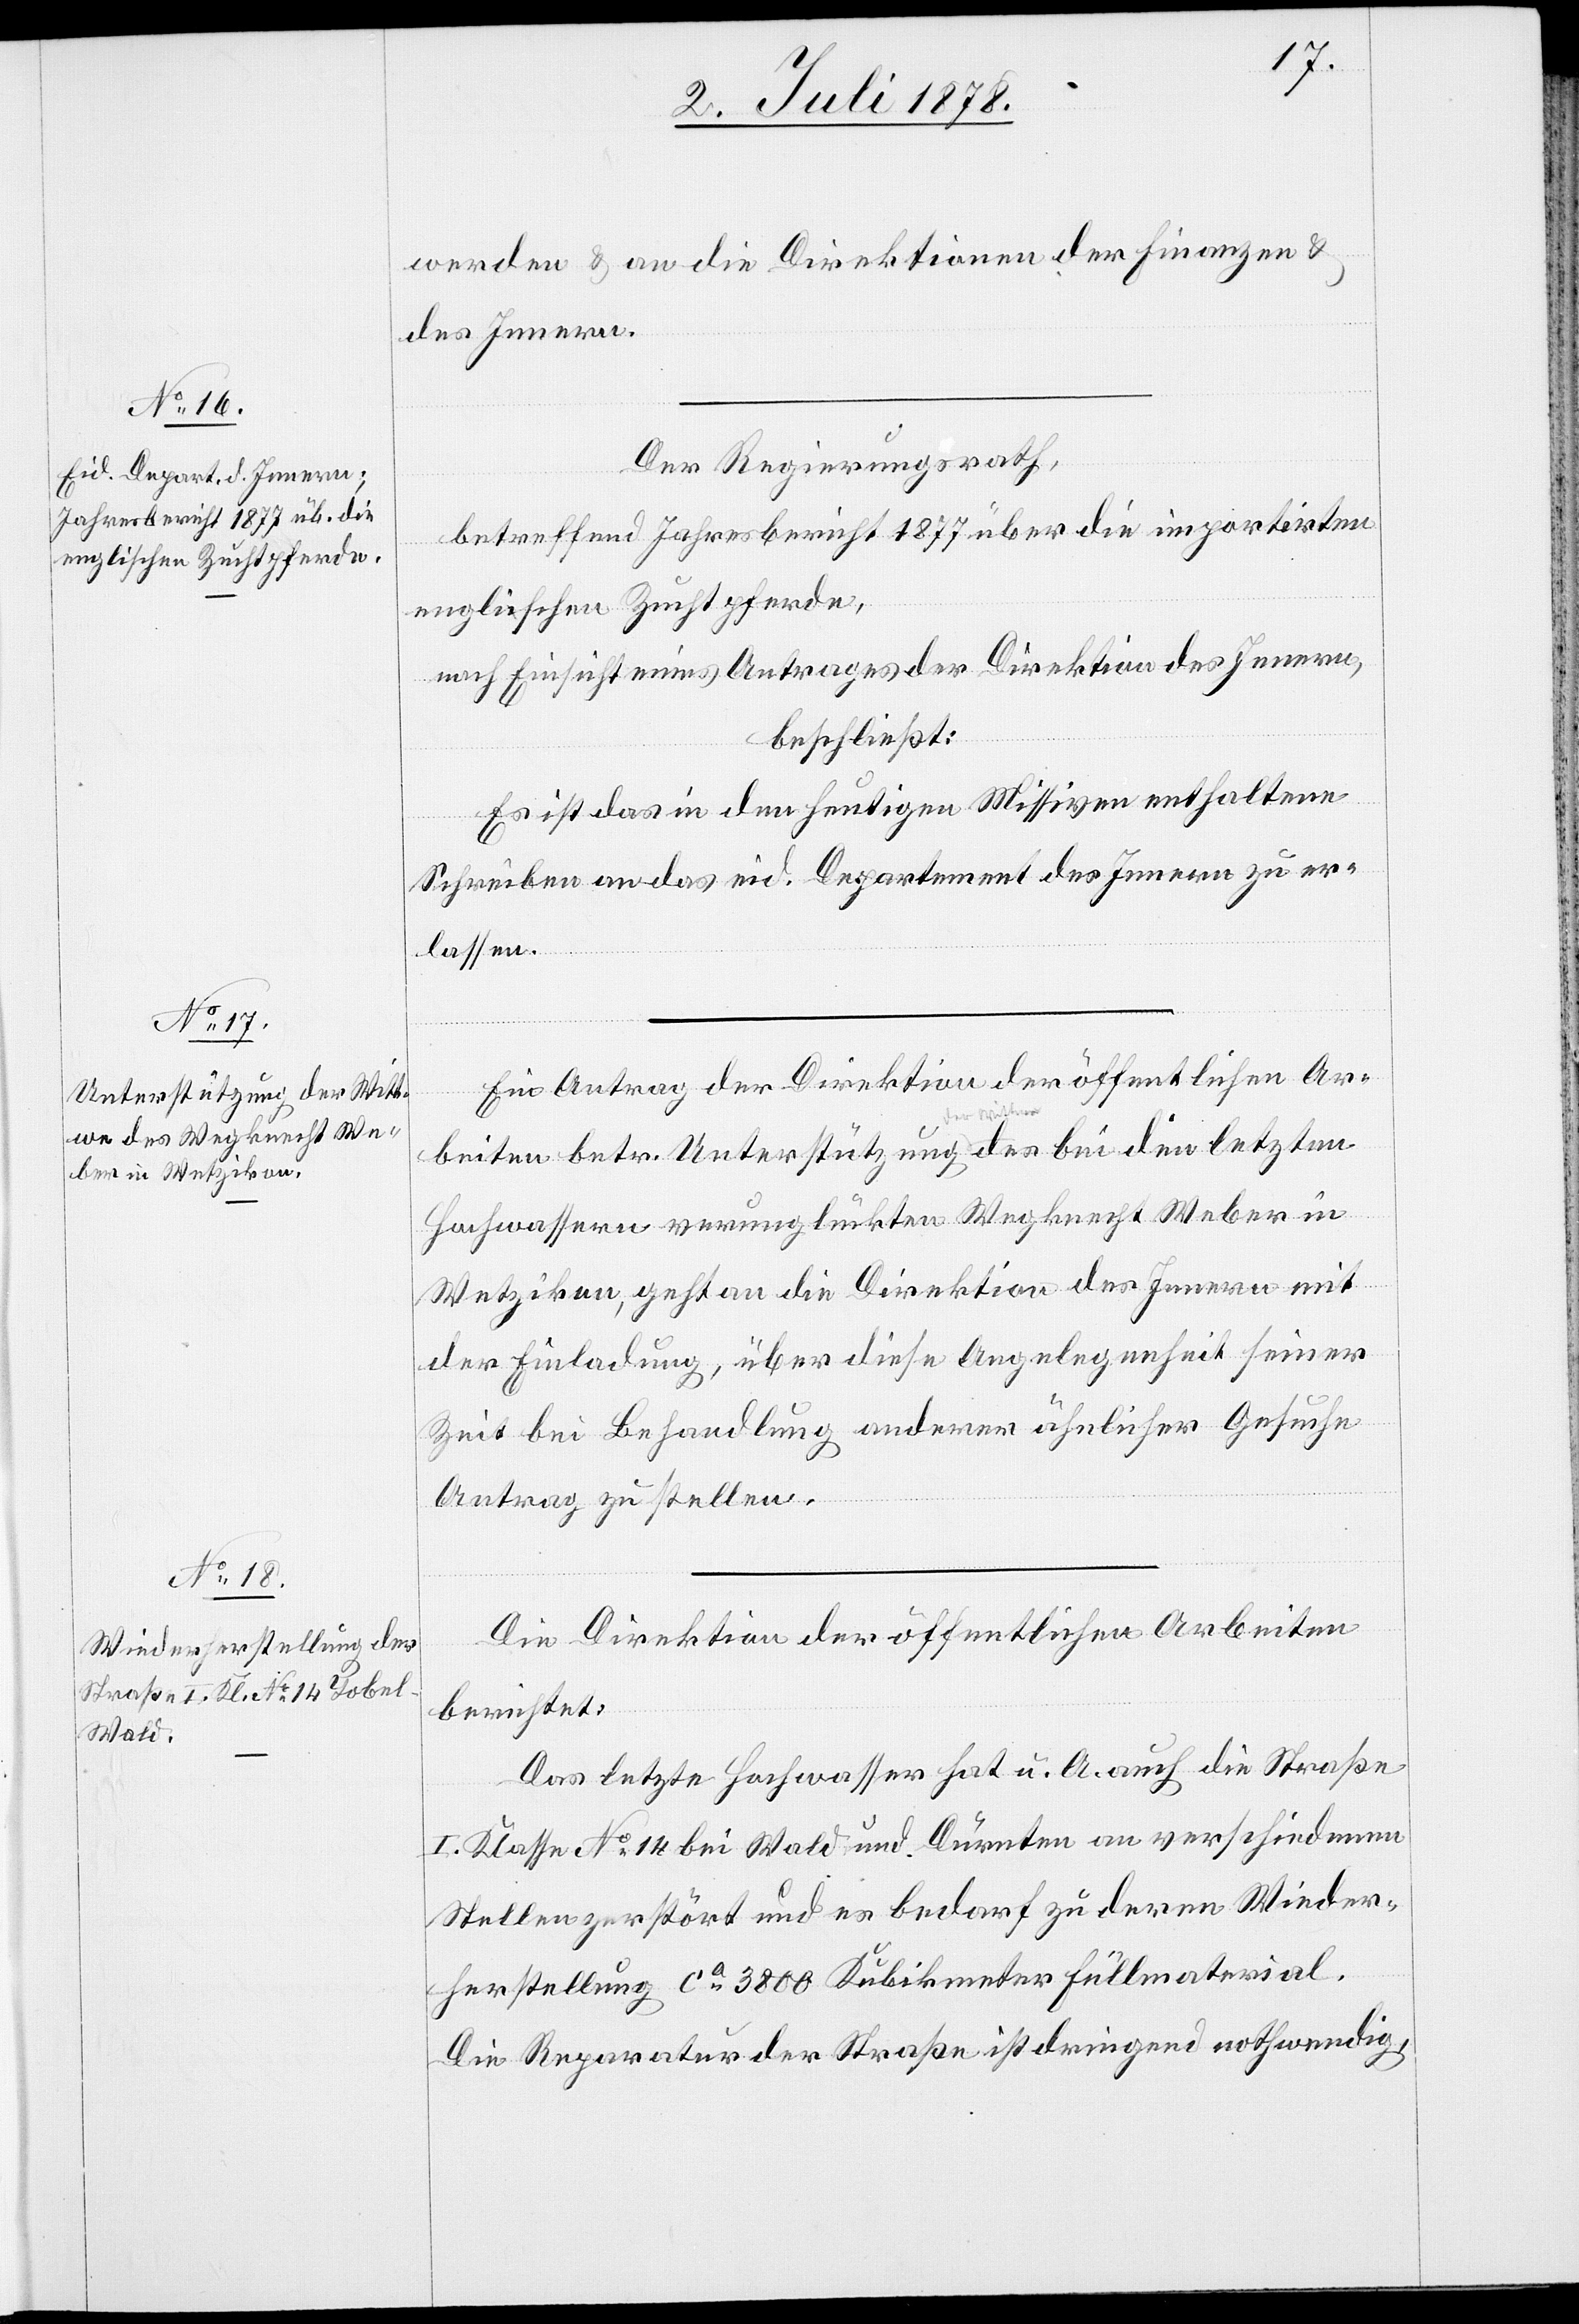
Unterstützung a-der Witt¬

werden & an die Direktionen der Finanzen &
des Innern.
Der Regierungsrath,
betreffend Jahresbericht 1877 über die importirten
englischen Zuchtpferde,
nach Einsicht eines Antrages der Direktion des Innern,
beschließt:
Es ist das in den heutigen Missiven enthaltene
Schreiben an das eid. Departement des Innern zu er¬
lassen.
Ein Antrag der Direktion der öffentlichen Ar¬
letzten
Hochwassern verunglückten Wegknecht Weber in
Wetzikon, geht an die Direktion des Innern mit
der Einladung, über diese Angelegenheit seiner
Zeit bei Behandlung anderer ähnlicher Gesuche
Antrag zu stellen.
Die Direktion der öffentlichen Arbeiten
berichtet:
Das letzte Hochwasser hat u. A. auch die Straße
I. Klasse No 14 bei Wald und Dürnten an verschiedenen
Stellen zerstört und es bedarf zu deren Wieder¬
herstellung ca 3800 Kubikmeter Füllmaterial.
Die Reparatur der Straße ist dringend nothwendig,